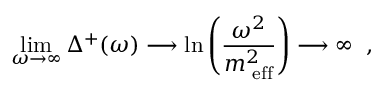
\operatorname * { l i m } _ { \omega \rightarrow \infty } \Delta ^ { + } ( \omega ) \longrightarrow \ln \left( \frac { \omega ^ { 2 } } { m _ { \mathrm { \scriptsize ~ e f f } } ^ { 2 } } \right) \longrightarrow \infty \; \; ,